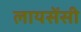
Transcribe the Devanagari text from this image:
लायसेंसी